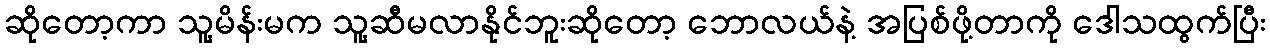
ဆိုတော့ကာ သူ့မိန်းမက သူ့ဆီမလာနိုင်ဘူးဆိုတော့ ဘောလယ်နဲ့ အပြစ်ဖို့တာကို ဒေါသထွက်ပြီး